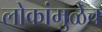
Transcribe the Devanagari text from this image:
लोकांमुळेच